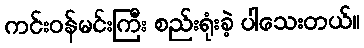
ကင်းဝန်မင်းကြီး စည်းရုံးခဲ့ ပါသေးတယ်။